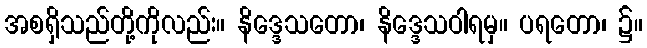
အစရှိသည်တို့ကိုလည်း။ နိဒ္ဒေသတော၊ နိဒ္ဒေသဝါရမှ။ ပရတော၊ ၌။